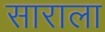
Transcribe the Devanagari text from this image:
साराला